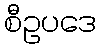
စီဥပဒေ